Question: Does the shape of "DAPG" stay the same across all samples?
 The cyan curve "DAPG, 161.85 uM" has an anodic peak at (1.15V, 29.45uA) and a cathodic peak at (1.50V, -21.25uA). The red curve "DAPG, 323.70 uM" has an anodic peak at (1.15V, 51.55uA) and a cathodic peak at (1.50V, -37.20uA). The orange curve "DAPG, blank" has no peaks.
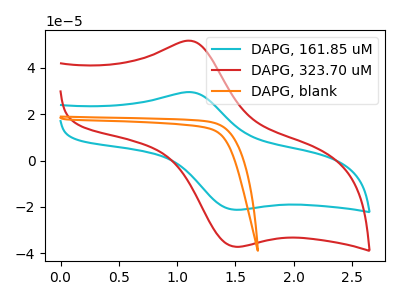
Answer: <think>All the peaks in "DAPG, 161.85 uM" have a peak in "DAPG, 323.70 uM" at the same potential. Every peak in "DAPG, 161.85 uM" is lower than every peak in "DAPG, 323.70 uM". "DAPG, 161.85 uM" and "DAPG, blank" have a different number of peaks. "DAPG, 323.70 uM" and "DAPG, blank" have a different number of peaks.
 </think>
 <answer>All the CV's of "DAPG" have similar shape.</answer>
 <eval>follow_rule</eval>